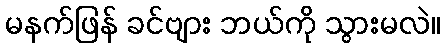
မနက်ဖြန် ခင်ဗျား ဘယ်ကို သွားမလဲ။